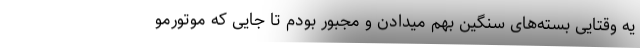
یه وقتایی بسته‌های سنگین بهم میدادن و مجبور بودم تا جایی که موتورمو